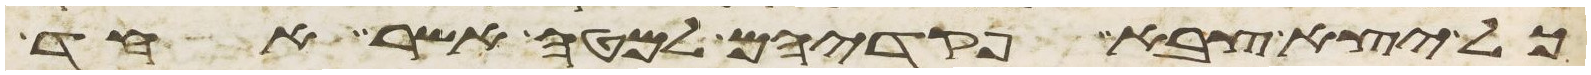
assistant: כל יצא צבא פקדיהם למטה אשר אחד